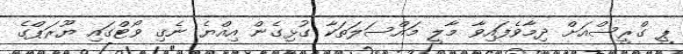
ޕީ ގްރީސްއަށް ދިމާވެފައިވާ މާލީ މައްސަލަތަކާ ގުޅިގެން އިއްޔެ ނެގި ވޯޓްގައި ޔޫރަޕްގެ